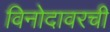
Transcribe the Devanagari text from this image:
विनोदावरची